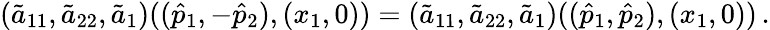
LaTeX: (\tilde{a}_{11},\tilde{a}_{22},\tilde{a}_{1})((\hat{p}_{1},-\hat{p}_{2}),(x_{1},0))=(\tilde{a}_{11},\tilde{a}_{22},\tilde{a}_{1})((\hat{p}_{1},\hat{p}_{2}),(x_{1},0))\, .